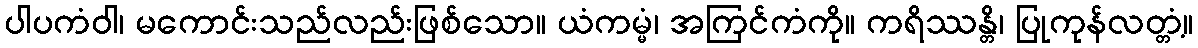
ပါပကံဝါ၊ မကောင်းသည်လည်းဖြစ်သော။ ယံကမ္မံ၊ အကြင်ကံကို။ ကရိဿန္တိ၊ ပြုကုန်လတ္တံ့။